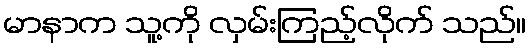
မာနာက သူ့ကို လှမ်းကြည့်လိုက် သည်။